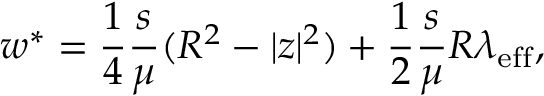
w ^ { * } = \frac { 1 } { 4 } \frac { s } { \mu } ( R ^ { 2 } - | z | ^ { 2 } ) + \frac { 1 } { 2 } \frac { s } { \mu } R \lambda _ { \mathrm { e f f } } ,